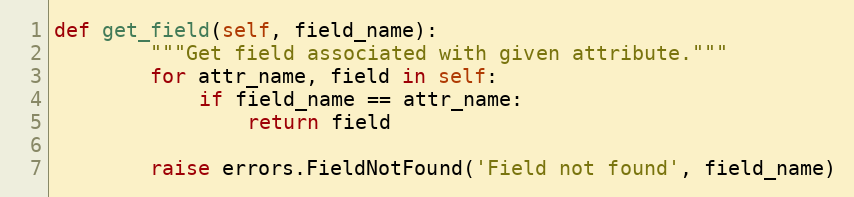
Language: Python
def get_field(self, field_name):
        """Get field associated with given attribute."""
        for attr_name, field in self:
            if field_name == attr_name:
                return field

        raise errors.FieldNotFound('Field not found', field_name)